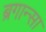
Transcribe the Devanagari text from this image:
ब्रगान्सा